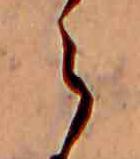
ら